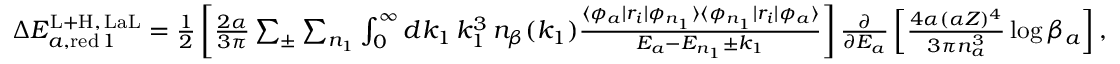
\begin{array} { r } { \Delta E _ { a , \mathrm { r e d } \, 1 } ^ { \mathrm { L + H } , \, \mathrm { L a L } } = \frac { 1 } { 2 } \left[ \frac { 2 \alpha } { 3 \pi } \sum _ { \pm } \sum _ { n _ { 1 } } \int _ { 0 } ^ { \infty } d k _ { 1 } \, k _ { 1 } ^ { 3 } \, n _ { \beta } ( k _ { 1 } ) \frac { \langle \phi _ { a } | r _ { i } | \phi _ { n _ { 1 } } \rangle \langle \phi _ { n _ { 1 } } | r _ { i } | \phi _ { a } \rangle } { E _ { a } - E _ { n _ { 1 } } \pm k _ { 1 } } \right] \frac { \partial } { \partial E _ { a } } \left[ \frac { 4 \alpha ( \alpha Z ) ^ { 4 } } { 3 \pi n _ { a } ^ { 3 } } \log \beta _ { a } \right] , } \end{array}